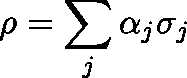
\rho = \sum _ { j } \alpha _ { j } \mathbf { \sigma } _ { j }